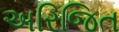
અરિજિત